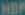
HOP